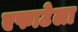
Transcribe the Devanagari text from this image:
एफाटेला